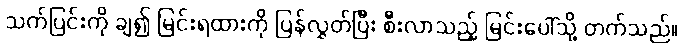
သက်ပြင်းကို ချ၍ မြင်းရထားကို ပြန်လွှတ်ပြီး စီးလာသည့် မြင်းပေါ်သို့ တက်သည်။